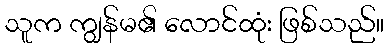
သူက ကျွန်မ၏ လောင်ထုံး ဖြစ်သည်။